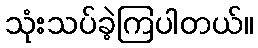
သုံးသပ်ခဲ့ကြပါတယ်။